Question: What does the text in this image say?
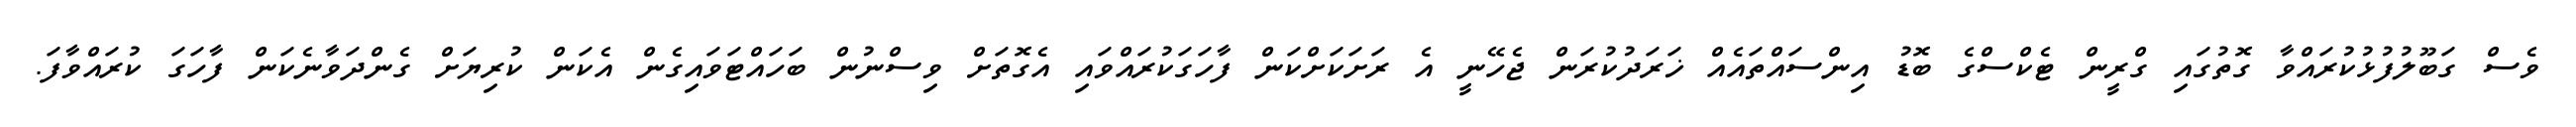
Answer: ވެސް ގަބޫލުފުޅުކުރައްވާ ގޮތުގައި ގްރީން ޓެކްސްގެ ބޮޑު އިންސައްތައެއް ޚަރަދުކުރަން ޖެހޭނީ އެ ރަށަކަށްކަން ފާހަގަކުރައްވައި އެގޮތަށް ވިސްނުން ބަހައްޓަވައިގެން އެކަން ކުރިޔަށް ގެންދަވާނެކަން ފާހަގަ ކުރައްވާފަ.